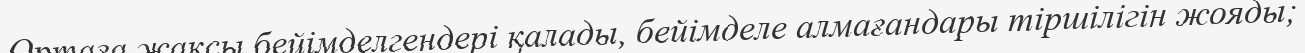
Ортаға жақсы бейімделгендері қалады, бейімделе алмағандары тіршілігін жояды;